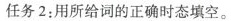
任务 2:用所给词的正确时态填空。